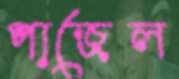
পাজেল